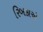
રિબકાએ